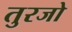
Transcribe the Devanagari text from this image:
तुरजो